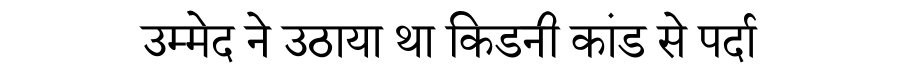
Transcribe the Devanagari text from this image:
उम्मेद ने उठाया था किडनी कांड से पर्दा